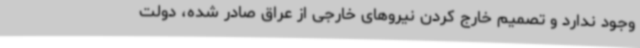
وجود ندارد و تصمیم خارج کردن نیروهای خارجی از عراق صادر شده، دولت